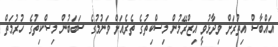
އައްބާސް އިތުރަށް ވިދާޅުވީ އިޒްރޭލުން މިސްކިތުގެ ތެރެއަށް ވަނުމުގެ ސަބަބުން މިސްކިތުގެ ހުރުމަތް